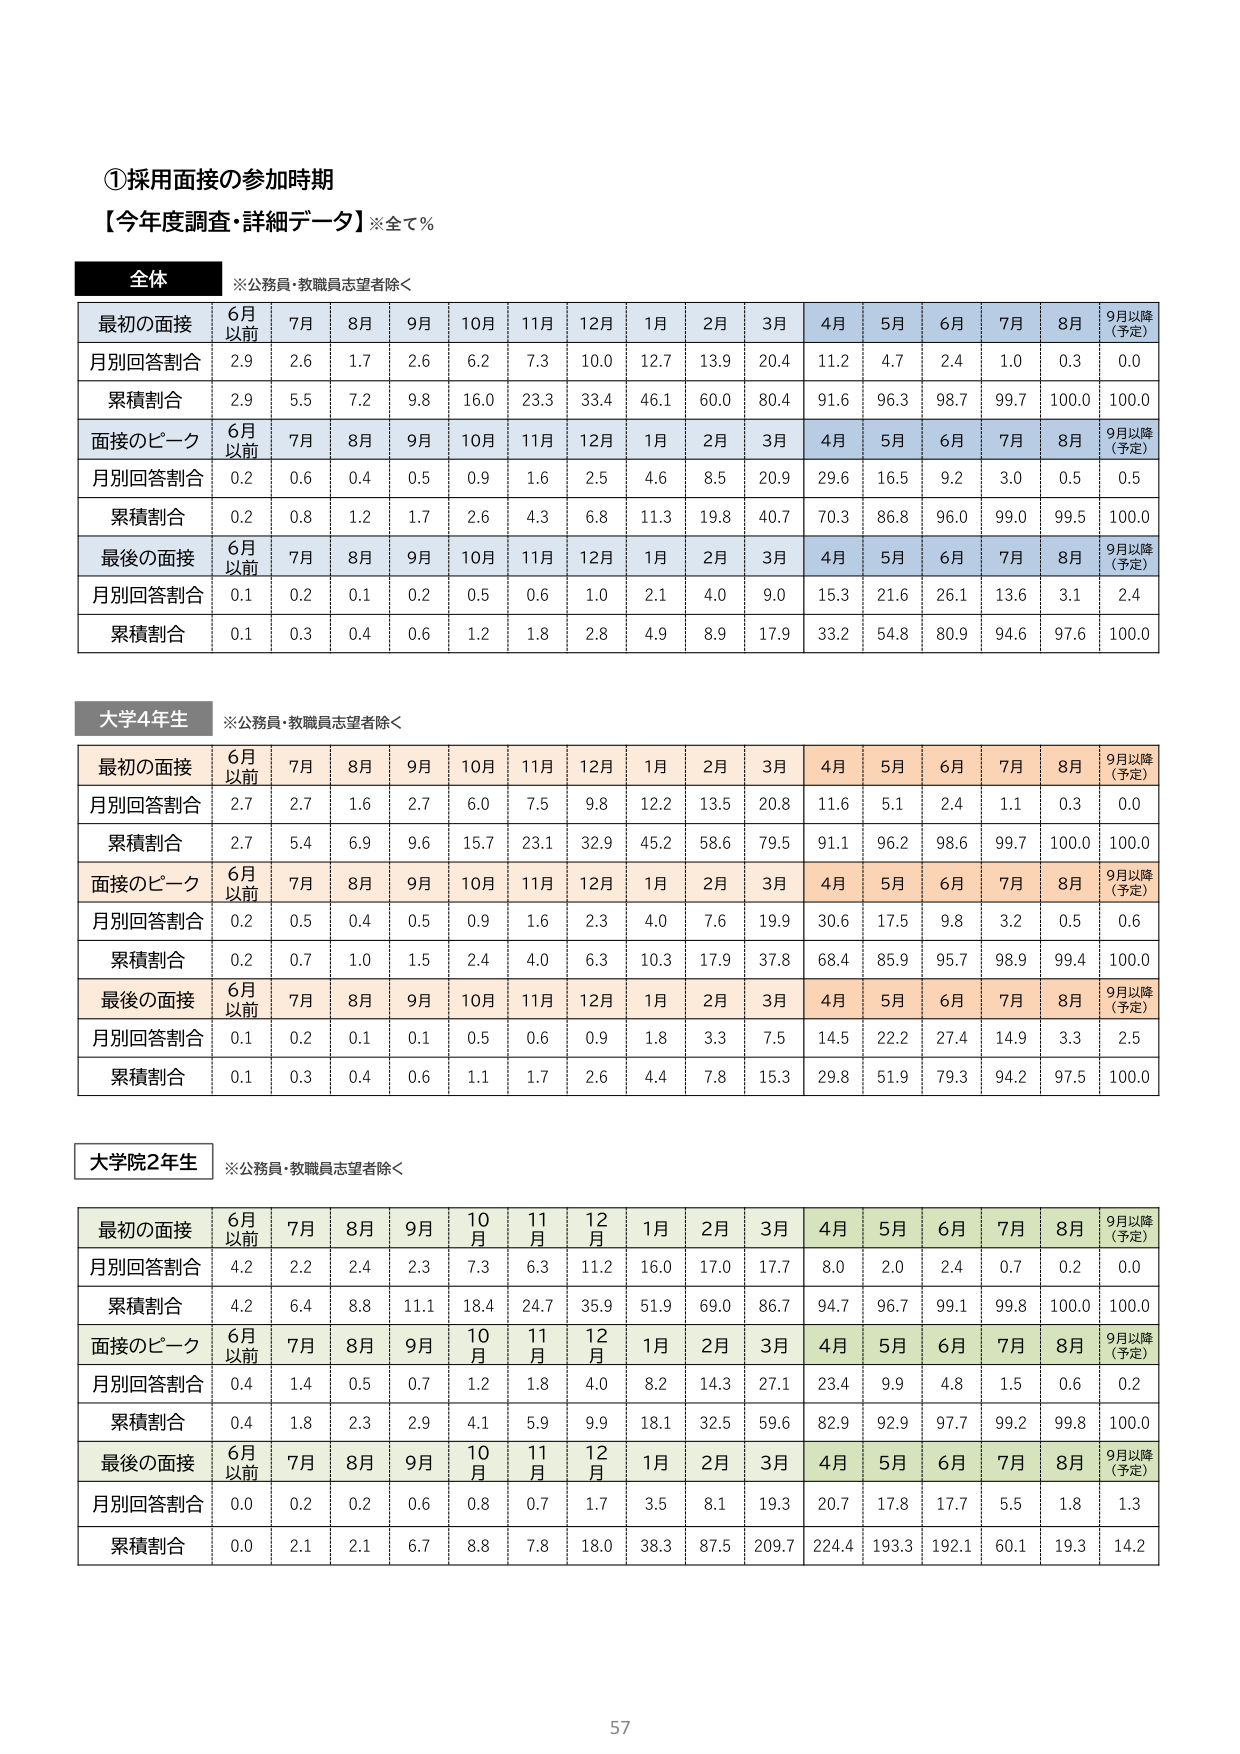
①採用面接の参加時期
【今年度調査・詳細データ】※全て％

全体
※公務員・教職員志望者除く

最初の面接　6月以前　7月　8月　9月　10月　11月　12月　1月　2月　3月　4月　5月　6月　7月　8月　9月以降（予定）
月別回答割合　2.9　2.6　1.7　2.6　6.2　7.3　10.0　12.7　13.9　20.4　11.2　4.7　2.4　1.0　0.3　0.0
累積割合　2.9　5.5　7.2　9.8　16.0　23.3　33.4　46.1　60.0　80.4　91.6　96.3　98.7　99.7　100.0　100.0

面接のピーク　6月以前　7月　8月　9月　10月　11月　12月　1月　2月　3月　4月　5月　6月　7月　8月　9月以降（予定）
月別回答割合　0.2　0.6　0.4　0.5　0.9　1.6　2.5　4.6　8.5　20.9　29.6　16.5　9.2　3.0　0.5　0.5
累積割合　0.2　0.8　1.2　1.7　2.6　4.3　6.8　11.3　19.8　40.7　70.3　86.8　96.0　99.0　99.5　100.0

最後の面接　6月以前　7月　8月　9月　10月　11月　12月　1月　2月　3月　4月　5月　6月　7月　8月　9月以降（予定）
月別回答割合　0.1　0.2　0.1　0.2　0.5　0.6　1.0　2.1　4.0　9.0　15.3　21.6　26.1　13.6　3.1　2.4
累積割合　0.1　0.3　0.4　0.6　1.2　1.8　2.8　4.9　8.9　17.9　33.2　54.8　80.9　94.6　97.6　100.0

大学4年生
※公務員・教職員志望者除く

最初の面接　6月以前　7月　8月　9月　10月　11月　12月　1月　2月　3月　4月　5月　6月　7月　8月　9月以降（予定）
月別回答割合　2.7　2.7　1.6　2.7　6.0　7.5　9.8　12.2　13.5　20.8　11.6　5.1　2.4　1.1　0.3　0.0
累積割合　2.7　5.4　6.9　9.6　15.7　23.1　32.9　45.2　58.6　79.5　91.1　96.2　98.6　99.7　100.0　100.0

面接のピーク　6月以前　7月　8月　9月　10月　11月　12月　1月　2月　3月　4月　5月　6月　7月　8月　9月以降（予定）
月別回答割合　0.2　0.5　0.4　0.5　0.9　1.6　2.3　4.0　7.6　19.9　30.6　17.5　9.8　3.2　0.5　0.6
累積割合　0.2　0.7　1.0　1.5　2.4　4.0　6.3　10.3　17.9　37.8　68.4　85.9　95.7　98.9　99.4　100.0

最後の面接　6月以前　7月　8月　9月　10月　11月　12月　1月　2月　3月　4月　5月　6月　7月　8月　9月以降（予定）
月別回答割合　0.1　0.2　0.1　0.1　0.5　0.6　0.9　1.8　3.3　7.5　14.5　22.2　27.4　14.9　3.3　2.5
累積割合　0.1　0.3　0.4　0.6　1.1　1.7　2.6　4.4　7.8　15.3　29.8　51.9　79.3　94.2　97.5　100.0

大学院2年生
※公務員・教職員志望者除く

最初の面接　6月以前　7月　8月　9月　10月　11月　12月　1月　2月　3月　4月　5月　6月　7月　8月　9月以降（予定）
月別回答割合　4.2　2.2　2.4　2.3　7.3　6.3　11.2　16.0　17.0　17.7　8.0　2.0　2.4　0.7　0.2　0.0
累積割合　4.2　6.4　8.8　11.1　18.4　24.7　35.9　51.9　69.0　86.7　94.7　96.7　99.1　99.8　100.0　100.0

面接のピーク　6月以前　7月　8月　9月　10月　11月　12月　1月　2月　3月　4月　5月　6月　7月　8月　9月以降（予定）
月別回答割合　0.4　1.4　0.5　0.7　1.2　1.8　4.0　8.2　14.3　27.1　23.4　9.9　4.8　1.5　0.6　0.2
累積割合　0.4　1.8　2.3　2.9　4.1　5.9　9.9　18.1　32.5　59.6　82.9　92.9　97.7　99.2　99.8　100.0

最後の面接　6月以前　7月　8月　9月　10月　11月　12月　1月　2月　3月　4月　5月　6月　7月　8月　9月以降（予定）
月別回答割合　0.0　0.2　0.2　0.6　0.8　0.7　1.7　3.5　8.1　19.3　20.7　17.8　17.7　5.5　1.8　1.3
累積割合　0.0　2.1　2.1　6.7　8.8　7.8　18.0　38.3　87.5　209.7　224.4　193.3　192.1　60.1　19.3　14.2

57